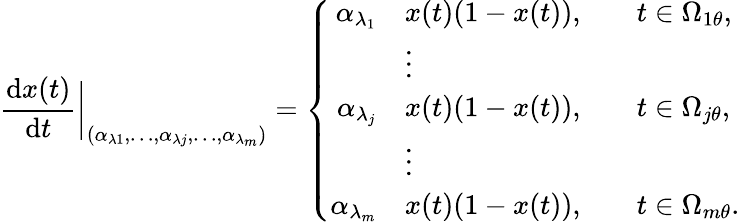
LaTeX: \frac{\textrm{d}x(t)}{\textrm{d}t}\bigg|_{(\alpha_{\lambda 1},\dots,\alpha_{\lambda j},\dots,\alpha_{\lambda_{m}})}=\left\{ \begin{array}{rlrl}{\alpha_{\lambda_{1}}}&{x(t)(1-x(t)),}&&{t\in\Omega_{1\theta},}\\ &{\vdots}&\\ {\alpha_{\lambda_{j}}}&{x(t)(1-x(t)),}&&{t\in\Omega_{j\theta},}\\ &{\vdots}&\\ {\alpha_{\lambda_{m}}}&{x(t)(1-x(t)),}&&{t\in\Omega_{m\theta}.}\end{array}\right.